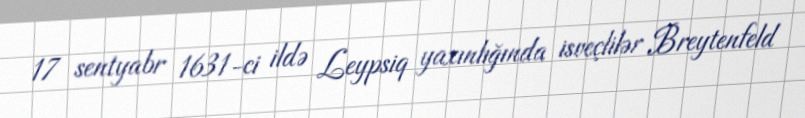
17 sentyabr 1631-ci ildə Leypsiq yaxınlığında isveçlilər Breytenfeld